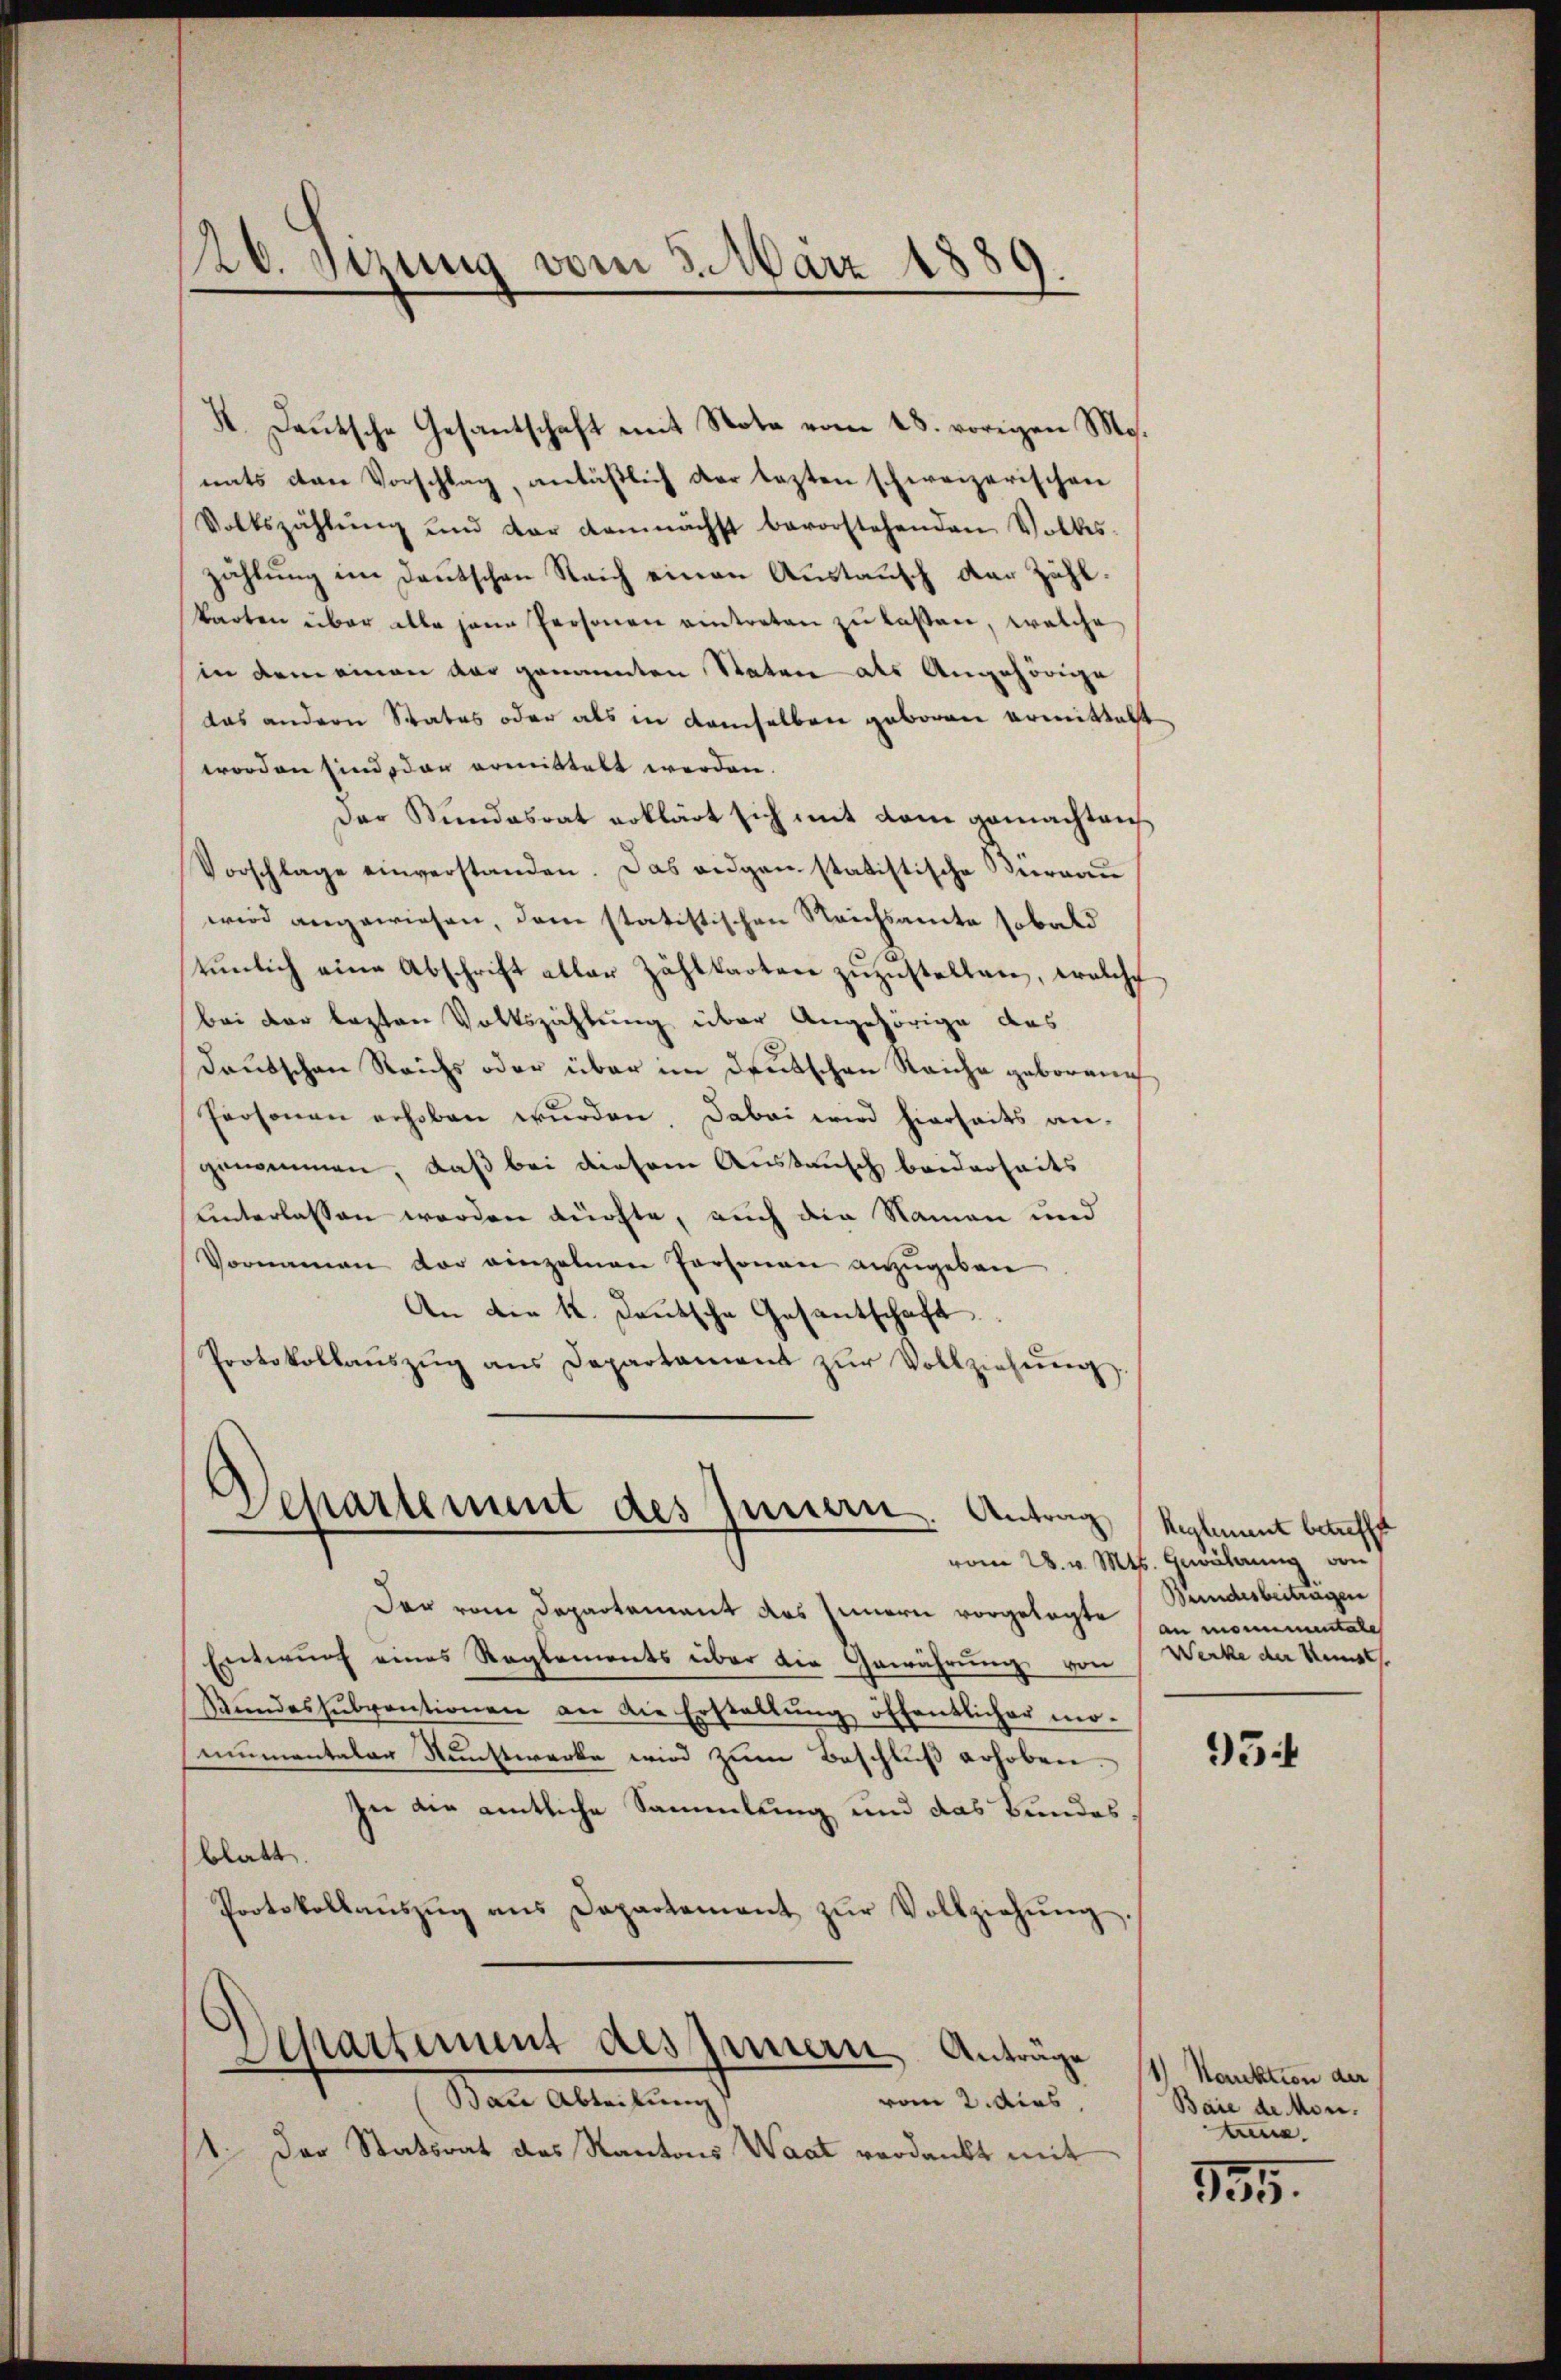
126. Setzung vom 5. März 1889.
.

4. Deutsche Gesantschaft mit Note vom 28. vorigen M.
nats den Vorschlag, anläßlich der lezten schweizerischen
Volkszählŭng und der demnächst bevorstehenden Volkes
zählung im Deutschen Reich einen Austausch der Zähl.
karten über alle hann Personen eintreten zu laßen, welche
(in dem einen der genannten Staten als Angehörige
das andern Statos oder als in demselben geboren ermittelt
worden sind der ermittelt werden.
Der Kundesrat erklärt sich mit dem gemachten
Vorschlage einverstanden. Das angen statistische Bierrau
wird angewiesen, dem statistischen Reichsamte sobald
tŭnlich eine Abschrift aller Zählkarten zŭzŭstellen, welche
bei der lezten Volkszählung über Angehörige das
Dautschen Reichs oder über im Deutschen Reiche geborene
Personen erhoben wurden. Dabei wird hierseits an-
genommen, daß bei diesem Austausch beiderseits
unterlassen werden künfte, auch die Namen und
Vornamen der einzelnen Personen anzugeben
An die K. Deutsche Gesantschaft
Protokollaŭszŭg ans Departament zŭr Vollziehŭng

Departement des Innern. Antrag

Der vom Departement des Innern vorgelegte an monumentale
Entwurf eines Reglements über die Gewährung von
Bŭndessŭbventionen an die Erstellŭng öffentlicher mo-
mumentaler Nunstwerke wird zum Beschluß erhoben.
In die amtliche Sammlung und das Bundesblatt.
Protokollaŭszŭg ans Departement zŭr Vollziehŭng.
Separtement des Innern, Anträge
Bair Abteilung
vom 2. dies
Der Statsrat des Kantons Waat verdankt mit

Reglement betreffe
vom 28. v. Mts. Gewährung von
Bundesbeitragen
Werke der Mensch

954

1) Sanktion der
Baie de Mon.
Ane.

355.